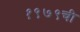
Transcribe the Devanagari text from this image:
१९७९ची